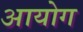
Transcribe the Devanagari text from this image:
अायोग